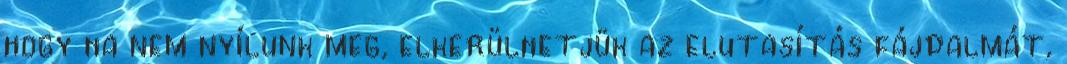
hogy ha nem nyílunk meg, elkerülhetjük az elutasítás fájdalmát,